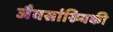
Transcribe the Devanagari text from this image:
जैवसांख्‍यिकी